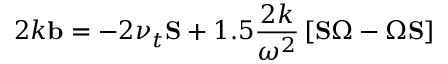
2 k \mathbf { b } = - 2 \nu _ { t } \mathbf { S } + 1 . 5 \frac { 2 k } { \omega ^ { 2 } } \left[ \mathbf { S } \boldsymbol { \Omega } - \boldsymbol { \Omega } \mathbf { S } \right]